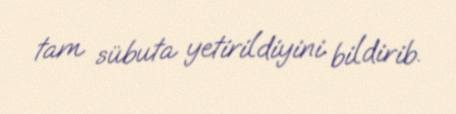
tam sübuta yetirildiyini bildirib.